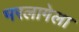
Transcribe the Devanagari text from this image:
भरलागेला